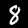
Digit: 8